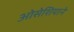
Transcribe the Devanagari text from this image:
ओसेशियाने